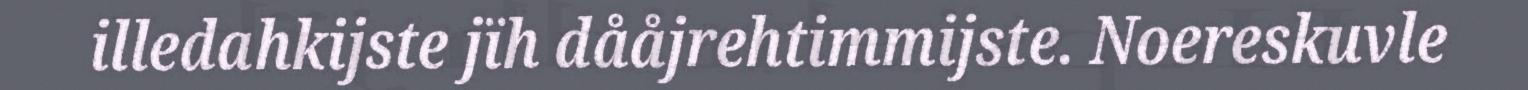
illedahkijste jïh dååjrehtimmijste. Noereskuvle